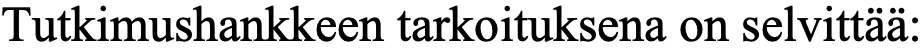
Tutkimushankkeen tarkoituksena on selvittää: